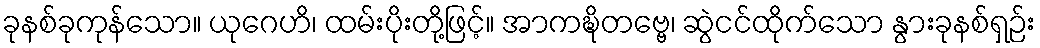
ခုနစ်ခုကုန်သော။ ယုဂေဟိ၊ ထမ်းပိုးတို့ဖြင့်။ အာကဍ္ဎိတဗ္ဗေ၊ ဆွဲငင်ထိုက်သော နွားခုနစ်ရှဉ်း